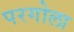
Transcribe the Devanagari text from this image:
परगोला